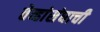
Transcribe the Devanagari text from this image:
तेव्हांसंघाची